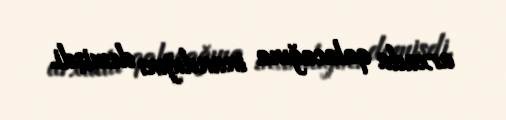
arxada qalacağına inandığını demişdi.